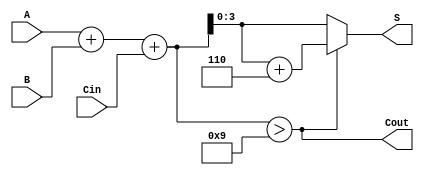
module BCD_Adder (
    input  [3:0] A,      // First BCD digit
    input  [3:0] B,      // Second BCD digit
    input        Cin,     // Carry in
    output [3:0] S,      // Sum in BCD format
    output       Cout     // Carry out
);

    wire [4:0] Sum;      // 5-bit sum to hold A + B + Cin
    wire Correction;      // Flag for BCD correction

    // Step 1: Perform binary addition
    assign Sum = A + B + Cin;

    // Step 2: Determine if correction is needed
    assign Correction = Sum > 5'b01001; // Check if sum > 9 (1001)

    // Step 3: Correct the sum if necessary
    assign S = Correction ? (Sum + 5'b00110) : Sum; // Add 6 if correction is needed

    // Step 4: Determine carry out
    assign Cout = Correction; // Carry out is high if correction was made

endmodule